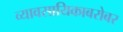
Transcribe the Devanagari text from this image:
व्यावसायिकाबरोबर